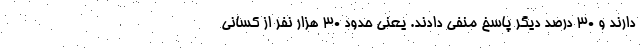
دارند و ۳۰ درصد دیگر پاسخ منفی دادند. یعنی حدود ۳۰ هزار نفر از کسانی